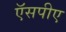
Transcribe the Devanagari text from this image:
ऍसपीए